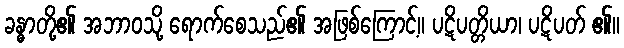
ခန္ဓာတို့၏ အဘာဝသို့ ရောက်စေသည်၏ အဖြစ်ကြောင့်။ ပဋိပတ္တိယာ၊ ပဋိပတ် ၏။